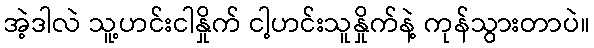
အဲ့ဒါလဲ သူ့ဟင်းငါနှိုက် ငါ့ဟင်းသူနှိုက်နဲ့ ကုန်သွားတာပဲ။